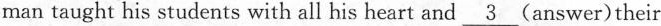
man taught his students with all his heart and \underline{3} (answer) their